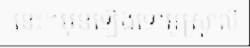
នេះ។មុនឡើងទៅអូស្ត្រាលី